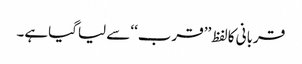
قربانی کالفظ ’’قرب‘‘سے لیاگیاہے۔